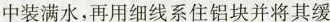
中装满水，再用细线系住铝块并将其缓